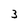
Character: 3